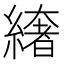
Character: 𦅁